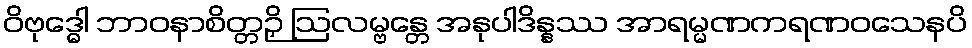
ဝိဗုဒ္ဓေါ ဘာဝနာစိတ္တဉှိ ဩလမ္ဗန္တေ အနုပါဒိန္နဿ အာရမ္မဏကရဏဝသေနပိ